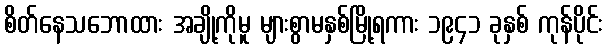
စိတ်နေသဘောထား အချို့ကိုမူ များစွာမနှစ်မြို့ရကား ၁၉၄၁ ခုနှစ် ကုန်ပိုင်း